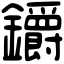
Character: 𨰜